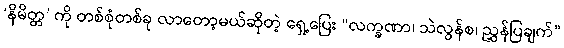
‘နိမိတ္တ’ ကို တစ်စုံတစ်ခု လာတော့မယ်ဆိုတဲ့ ရှေ့ပြေး “လက္ခဏာ၊ သဲလွန်စ၊ ညွှန်ပြချက်”